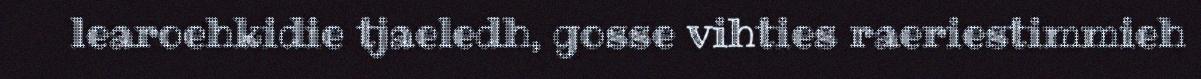
learoehkidie tjaeledh, gosse vihties raeriestimmieh